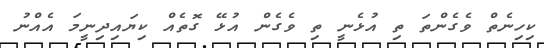
ކިހިނެތް ވެގެންތަ ތި އުޅެނީ ތި ވެގެން އުޅޭ ގޮތެއް ކިޔައިދިނީމަ އެއްނު